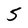
Character: 5